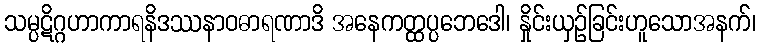
သမ္ပဋိဂ္ဂဟာကာရနိဒဿနာဝဓာရဏာဒိ အနေကတ္ထပ္ပဘေဒေါ၊ နှိုင်းယှဉ်ခြင်းဟူသောအနက်၊